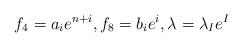
LaTeX: \begin{align*} f_4 = a_ie^{n+i}, f_8=b_ie^{i}, \lambda=\lambda_I e^I \end{align*}